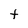
Character: t